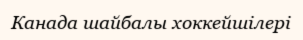
Канада шайбалы хоккейшілері